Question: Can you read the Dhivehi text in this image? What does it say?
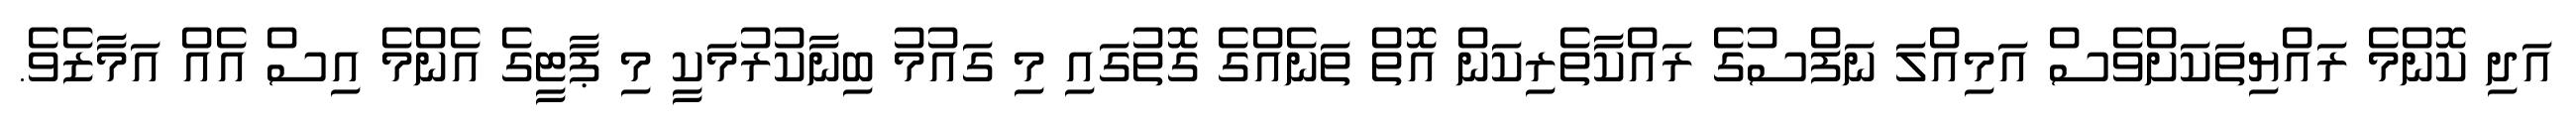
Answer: އަދި ކޮންމެ ރައްޔިތަކަށްވެސް އަމިއްލަ ނަފްސުގެ ރައްކާތެރިކަން އޮތް ތަނެއްގެ ގޮތުގައި މި ގައުމު ބިނާކުރުމަކީ މި ޕާޓީގެ އެންމެ އިސް އެއް އަމާޒެވެ.